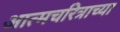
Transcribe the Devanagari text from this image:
आत्मचरित्राच्या